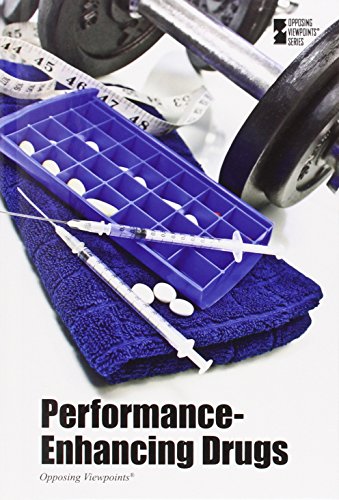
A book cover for Performance-Enhancing Drugs (Opposing Viewpoints); Roman Espejo; Teen & Young Adult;